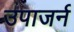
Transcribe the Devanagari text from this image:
उपाजर्न